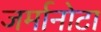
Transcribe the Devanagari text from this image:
जर्मानोटा